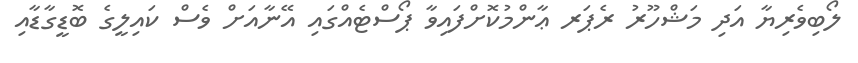
ލޯބިވެރިޔާ އަދި މަޝްހޫރު ރެޕަރ ޢާންމުކޮށްފައިވާ ޕޯސްޓެއްގައި އޭނާއަށް ވެސް ކައިލީގެ ބޮޑީގާޑާއި